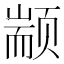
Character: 颛